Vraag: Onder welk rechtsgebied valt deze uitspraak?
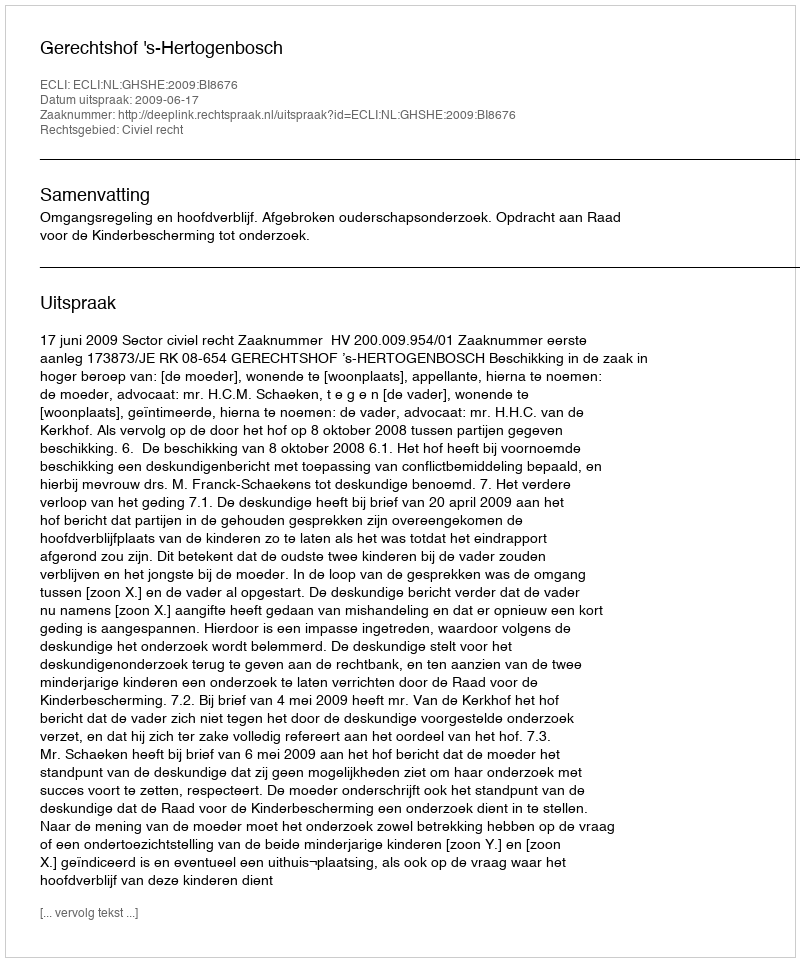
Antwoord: Civiel recht